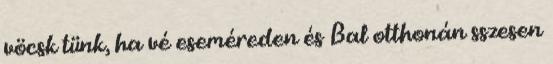
vöcsk tünk, ha vé eseméreden és Bal otthonán sszesen